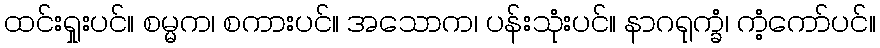
ထင်းရှုးပင်။ စမ္မက၊ စကားပင်။ အသောက၊ ပန်းသုံးပင်။ နာဂရုက္ခံ၊ ကံ့ကော်ပင်။